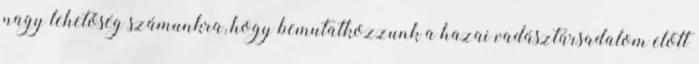
nagy lehetőség számunkra, hogy bemutatkozzunk a hazai vadásztársadalom előtt